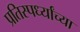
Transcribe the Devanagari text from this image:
प्रतिस्पर्ध्यांच्या